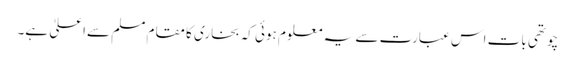
چوتھی بات اس عبارت سے یہ معلوم ہوئی کہ بخاری کا مقام مسلم سےاعلیٰ ہے۔